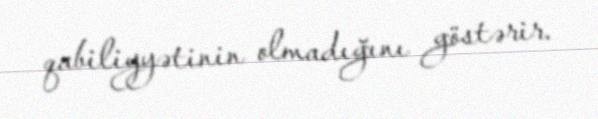
qabiliyyətinin olmadığını göstərir.